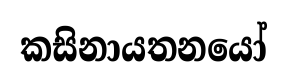
කසිනායතනයෝ